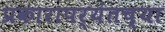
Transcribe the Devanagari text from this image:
प्रकारापर्यंतच्या